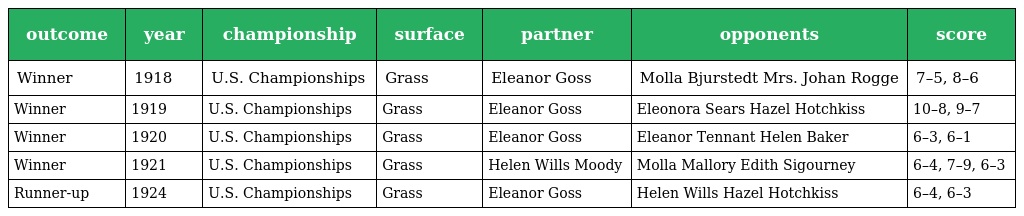
| outcome | year | championship | surface | partner | opponents | score |
 | --- | --- | --- | --- | --- | --- | --- |
 | Winner | 1918 | U.S. Championships | Grass | Eleanor Goss | Molla Bjurstedt Mrs. Johan Rogge | 7–5, 8–6 |
 | Winner | 1919 | U.S. Championships | Grass | Eleanor Goss | Eleonora Sears Hazel Hotchkiss | 10–8, 9–7 |
 | Winner | 1920 | U.S. Championships | Grass | Eleanor Goss | Eleanor Tennant Helen Baker | 6–3, 6–1 |
 | Winner | 1921 | U.S. Championships | Grass | Helen Wills Moody | Molla Mallory Edith Sigourney | 6–4, 7–9, 6–3 |
 | Runner-up | 1924 | U.S. Championships | Grass | Eleanor Goss | Helen Wills Hazel Hotchkiss | 6–4, 6–3 |